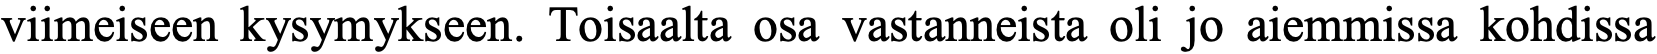
viimeiseen kysymykseen. Toisaalta osa vastanneista oli jo aiemmissa kohdissa